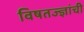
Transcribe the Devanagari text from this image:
विषतज्‍ज्ञांची